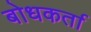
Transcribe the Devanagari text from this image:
बोधकर्ता